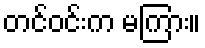
တင်ဝင်းက မကြား။